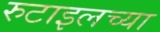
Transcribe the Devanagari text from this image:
रुटाइलच्या